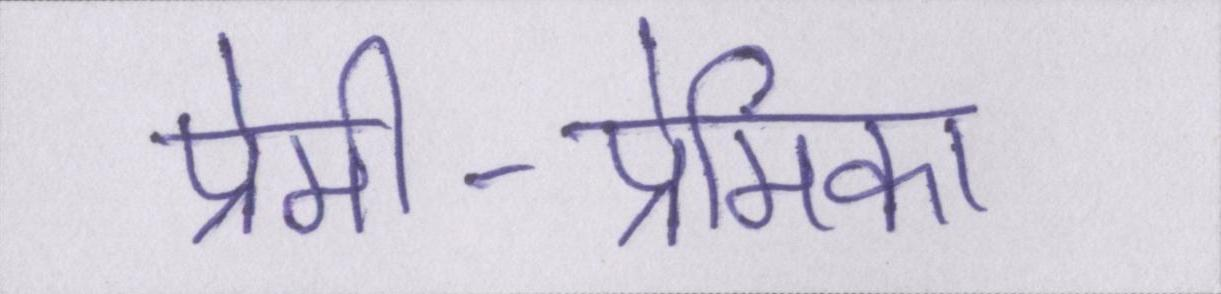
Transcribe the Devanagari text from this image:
प्रेमी-प्रेमिका